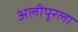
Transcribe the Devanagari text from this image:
अलीपूरला